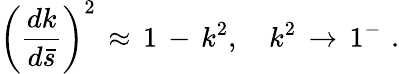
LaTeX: \left(\frac{dk}{d\bar{s}}\right)^{2}\, \approx\, 1\, -\, k^{2},\quad k^{2}\, \to\, 1^{-}\, \, {.}